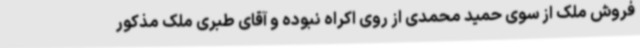
فروش ملک از سوی حمید محمدی از روی اکراه نبوده و آقای طبری ملک مذکور